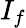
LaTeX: I_{f}